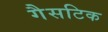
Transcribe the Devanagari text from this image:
गैसटिक